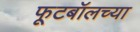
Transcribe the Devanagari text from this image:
फूटबॉलच्या